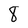
Character: 8